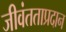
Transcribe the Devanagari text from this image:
जीवंतताप्रदान